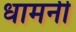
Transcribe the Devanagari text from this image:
धामनी